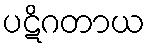
ပဋိဂတာယ